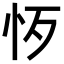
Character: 𢗚